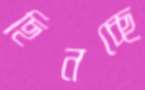
ছিনচ্ছে